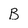
Character: B